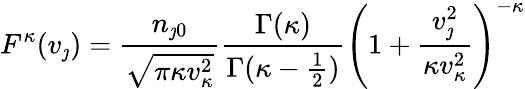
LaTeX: F^{\kappa}(v_{\jmath})=\frac{n_{\jmath 0}}{\sqrt{\pi\kappa v_{\kappa}^{2}}}\frac{\Gamma(\kappa)}{\Gamma(\kappa-\frac{1}{2})}\left(1+\frac{v_{\jmath}^{2}}{\kappa v_{\kappa}^{2}}\right)^{-\kappa}